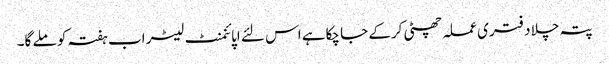
پتہ چلا دفتری عملہ چھٹی کرکے جا چکاہے اس لئے اپائنمنٹ لیٹر اب ہفتہ کو ملے گا۔